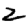
Digit: 2